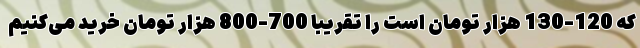
که 120-130 هزار تومان است را تقریبا 700-800 هزار تومان خرید می‌کنیم